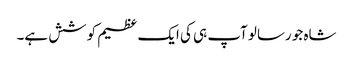
شاہ جو رسالو آپ ہی کی ایک عظیم کوشش ہے۔